Civil Veterinary Department. Madras. Admin. report 1926-33 - 1926-1933
Year: 1926
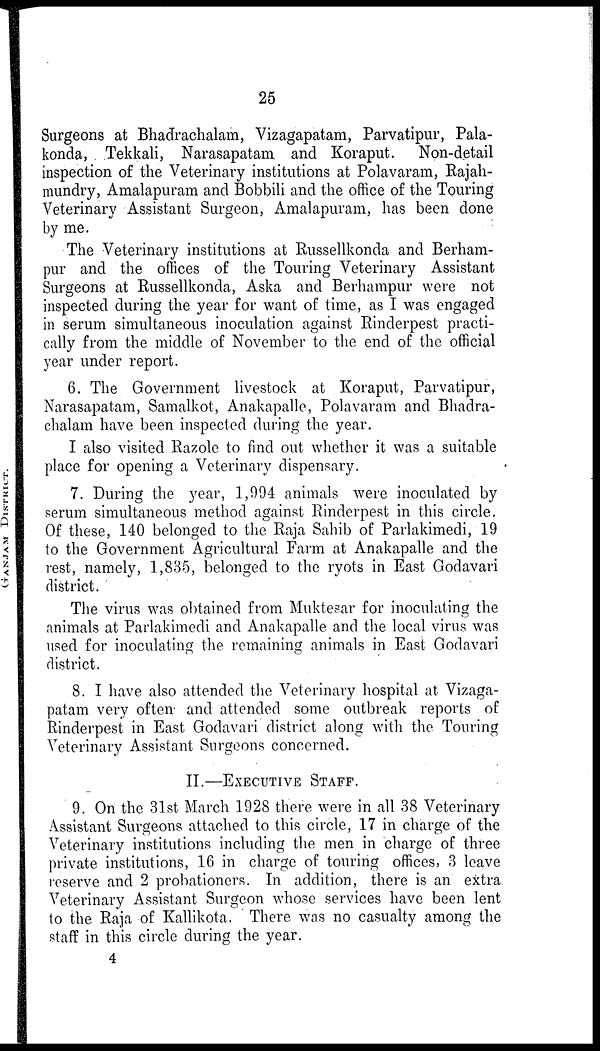
25
Surgeons at Bhadrachalam, Vizagapatam, Parvatipur, Pala-
konda, Tekkali, Narasapatam and Koraput. Non-detail
inspection of the Veterinary institutions at Polavaram, Rajah-
mundry, Amalapuram and Bobbili and the office of the Touring
Veterinary Assistant Surgeon, Amalapuram, has been done
by me.
The Veterinary institutions at Russellkonda and Berham-
pur and the offices of the Touring Veterinary Assistant
Surgeons at Russellkonda, Aska and Berhampur were not
inspected during the year for want of time, as I was engaged
in serum simultaneous inoculation against Rinderpest practi-
cally from the middle of November to the end of the official
year under report.
6. The Government livestock at Koraput, Parvatipur,
Narasapatam, Samalkot, Anakapalle, Polavaram and Bhadra-
chalam have been inspected during the year.
I also visited Razole to find out whether it was a suitable
place for opening a Veterinary dispensary.
7. During the year, 1,994 animals were inoculated by
serum simultaneous method against Rinderpest in this circle.
Of these, 140 belonged to the Raja Sahib of Parlakimedi, 19
to the Government Agricultural Farm at Anakapalle and the
rest, namely, 1,835, belonged to the ryots in East Godavari
district.
The virus was obtained from Muktesar for inoculating the
animals at Parlakimedi and Anakapalle and the local virus was
used for inoculating the remaining animals in East Godavari
district.
8. I have also attended the Veterinary hospital at Vizaga-
patam very often and attended some outbreak reports of
Rinderpest in East Godavari district along with the Touring
Veterinary Assistant Surgeons concerned.
II.—EXECUTIVE STAFF.
9. On the 31st March 1928 there were in all 38 Veterinary
Assistant Surgeons attached to this circle, 17 in charge of the
Veterinary institutions including the men in charge of three
private institutions, 16 in charge of touring offices, 3 leave
reserve and 2 probationers. In addition, there is an extra
Veterinary Assistant Surgeon whose services have been lent
to the Raja of Kallikota. There was no casualty among the
staff in this circle during the year.
4